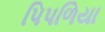
પિપળિયા